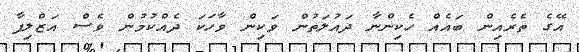
އޭގެ ތެރެއިން ބައެއް ހެކިންނާ ދައުލަތުން ވަކިން ވާހަކަ ދެއްކުމުން ވެސް އަޒްލިފާ